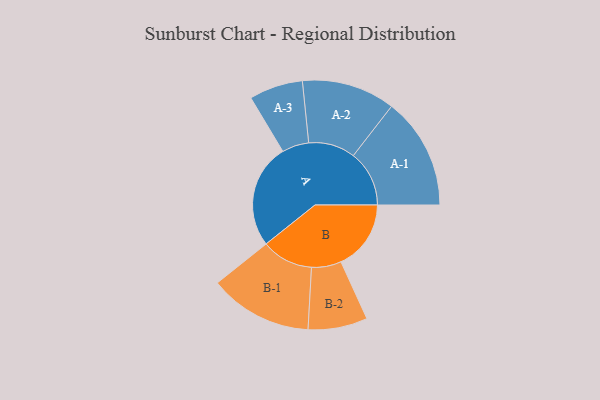
{"axis": {"x": "Segment", "y": "Value"}, "legend": ["", "A", "B"], "data": [{"x": "A", "y": 443, "type": ""}, {"x": "B", "y": 297, "type": ""}, {"x": "A-1", "y": 237, "type": "A"}, {"x": "A-2", "y": 198, "type": "A"}, {"x": "A-3", "y": 114, "type": "A"}, {"x": "B-1", "y": 219, "type": "B"}, {"x": "B-2", "y": 126, "type": "B"}]}